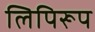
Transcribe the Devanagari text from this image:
लिपिरूप